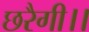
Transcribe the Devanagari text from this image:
छरैगी।।